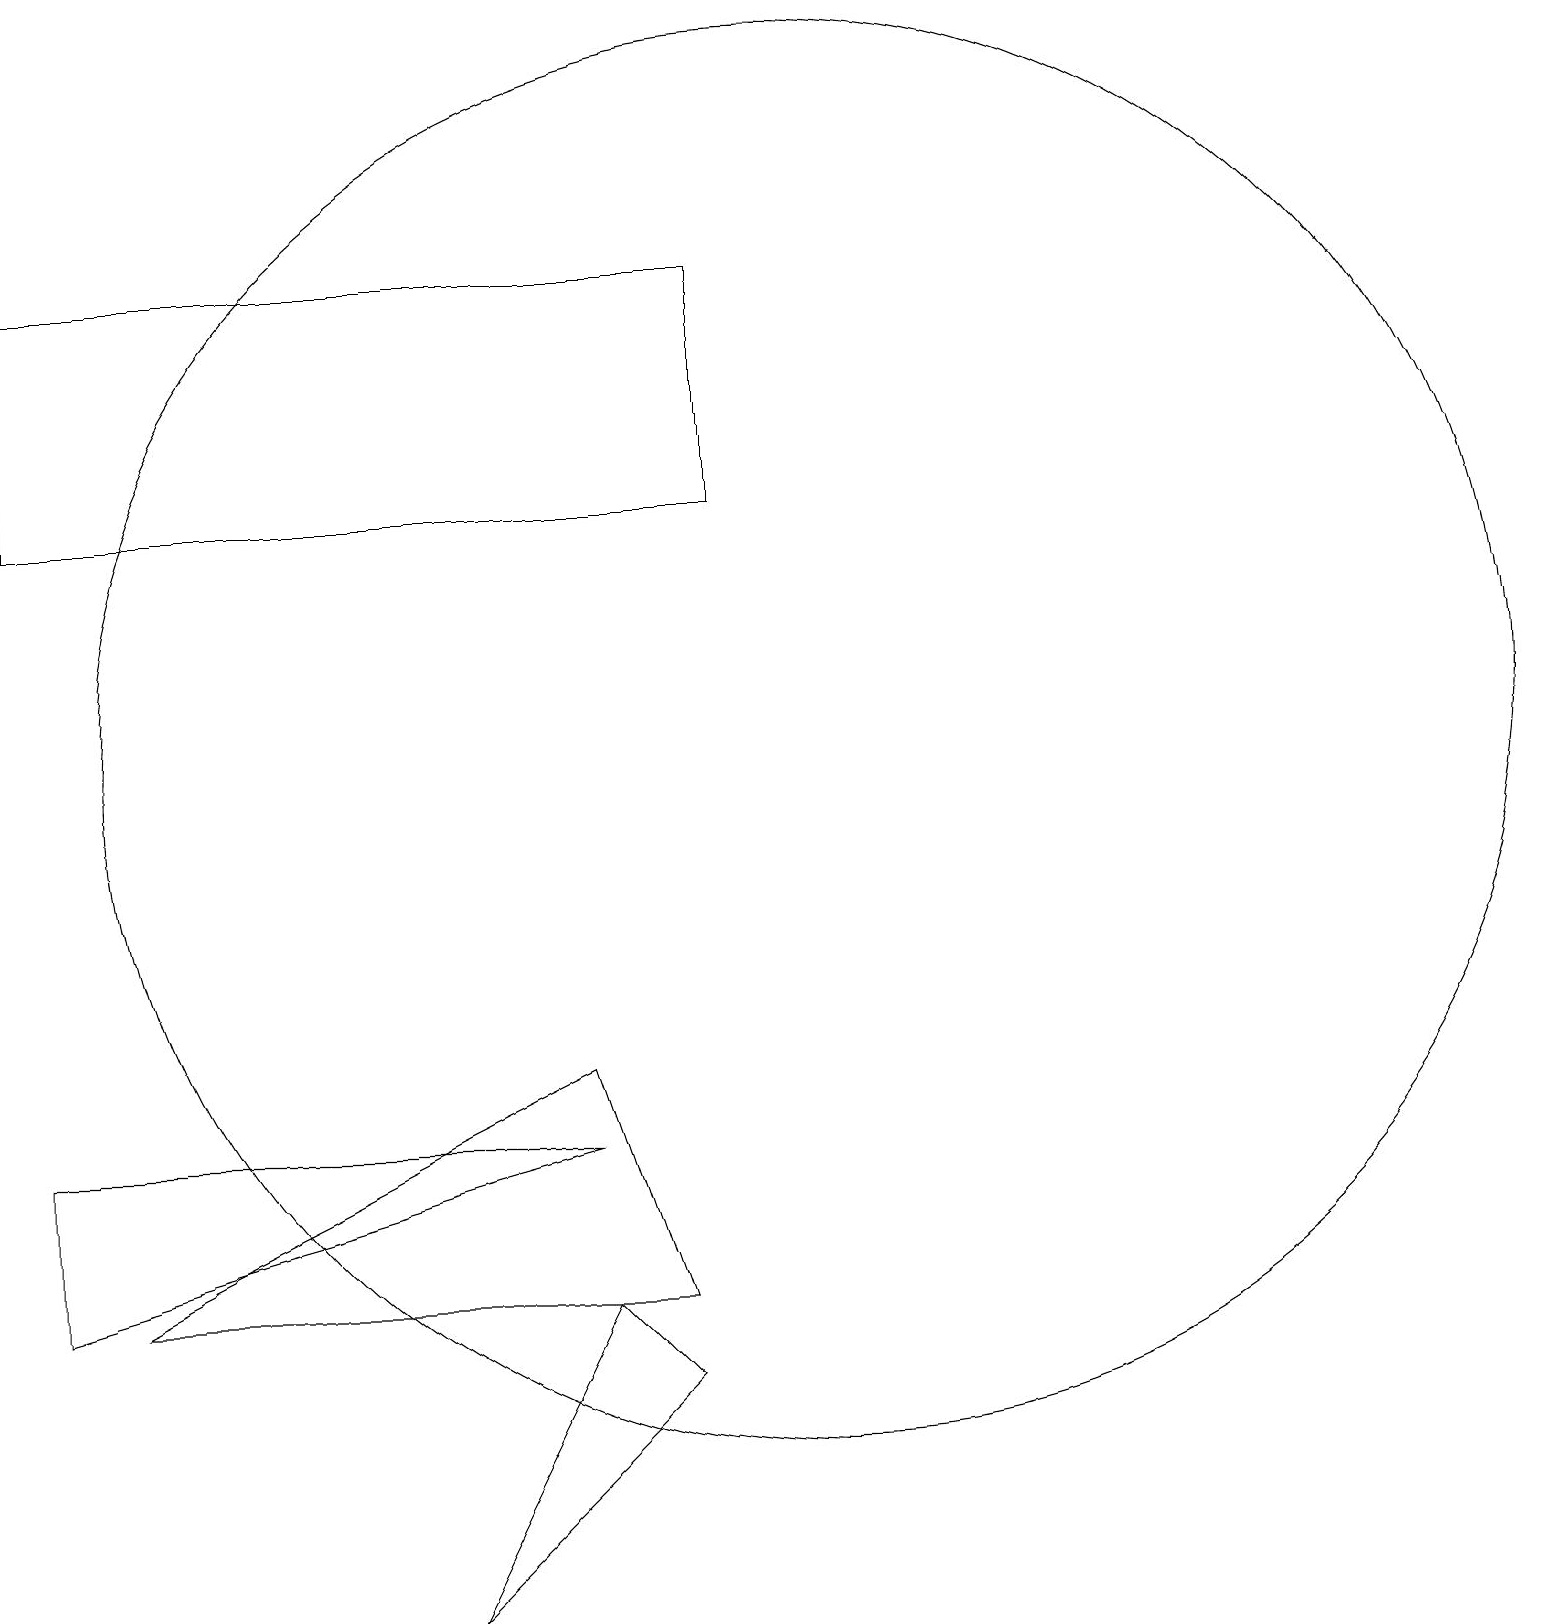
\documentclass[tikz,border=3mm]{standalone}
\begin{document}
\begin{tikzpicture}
\draw (7,6) -- (0,6) -- (0,4) -- cycle;
\draw (5,0) -- (7,4) -- (8,3) -- cycle;
\draw (0,17) rectangle (9,14);
\draw (8,4) -- (1,4) -- (7,7) -- cycle;
\draw (10,11) circle (9);
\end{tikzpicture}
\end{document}